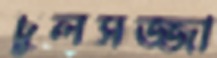
চুলসজ্জা